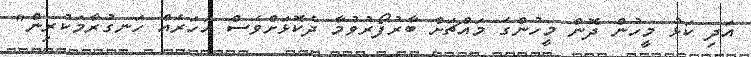
އަދި ކަޅު މީހުން ދޮން މީހުންގެ މައްޗަށް ބާރުފޯރުވުމާ ދެކޮޅަށްވެސް އަހަރެއް ހަނގުރާމަކުރިން"